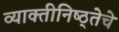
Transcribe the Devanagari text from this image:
व्याक्तीनिष्ठ्तेचे